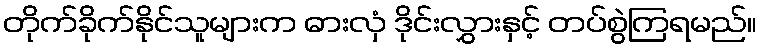
တိုက်ခိုက်နိုင်သူများက ဓားလှံ ဒိုင်းလွှားနှင့် တပ်စွဲကြရမည်။